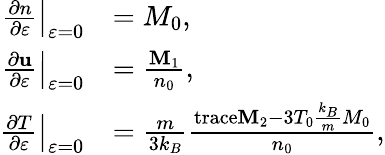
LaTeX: \begin{array}{rl}{\left.\frac{\partial n}{\partial\varepsilon}\right|_{\varepsilon=0}}&{=M_{0},}\\ {\left.\frac{\partial\mathbf{u}}{\partial\varepsilon}\right|_{\varepsilon=0}}&{=\frac{\mathbf{M}_{1}}{n_{0}},}\\ {\left.\frac{\partial T}{\partial\varepsilon}\right|_{\varepsilon=0}}&{=\frac{m}{3k_{B}}\frac{\mathrm{trace}\mathbf{M}_{2}-3T_{0}\frac{k_{B}}{m}M_{0}}{n_{0}},}\end{array}